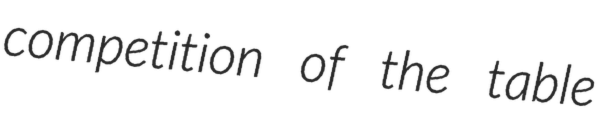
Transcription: competition of the table